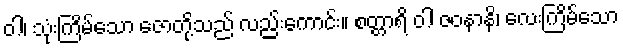
ဝါ၊ သုံးကြိမ်သော ဇောတို့သည် လည်းကောင်း။ စတ္တာရိ ဝါ ဇဝနာနိ၊ လေးကြိမ်သော